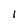
Character: 1